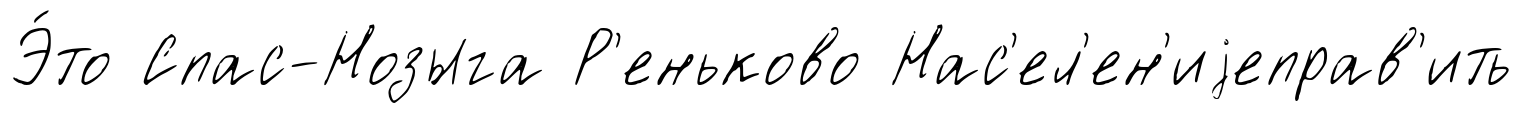
Э́то Спас-Нозыга Р'еньково Нас'ел'ен'иjеправ'ить